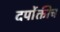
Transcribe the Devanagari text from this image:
दर्पोक्तीच